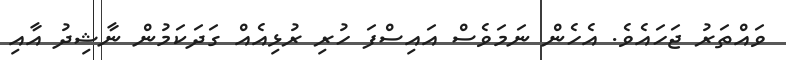
ވައްތަރު ޖަހައެވެ. އެހެން ނަމަވެސް އައިސްފަ ހުރި ރުޅިއެއް ގަދަކަމުން ނާޝިދު އާއި